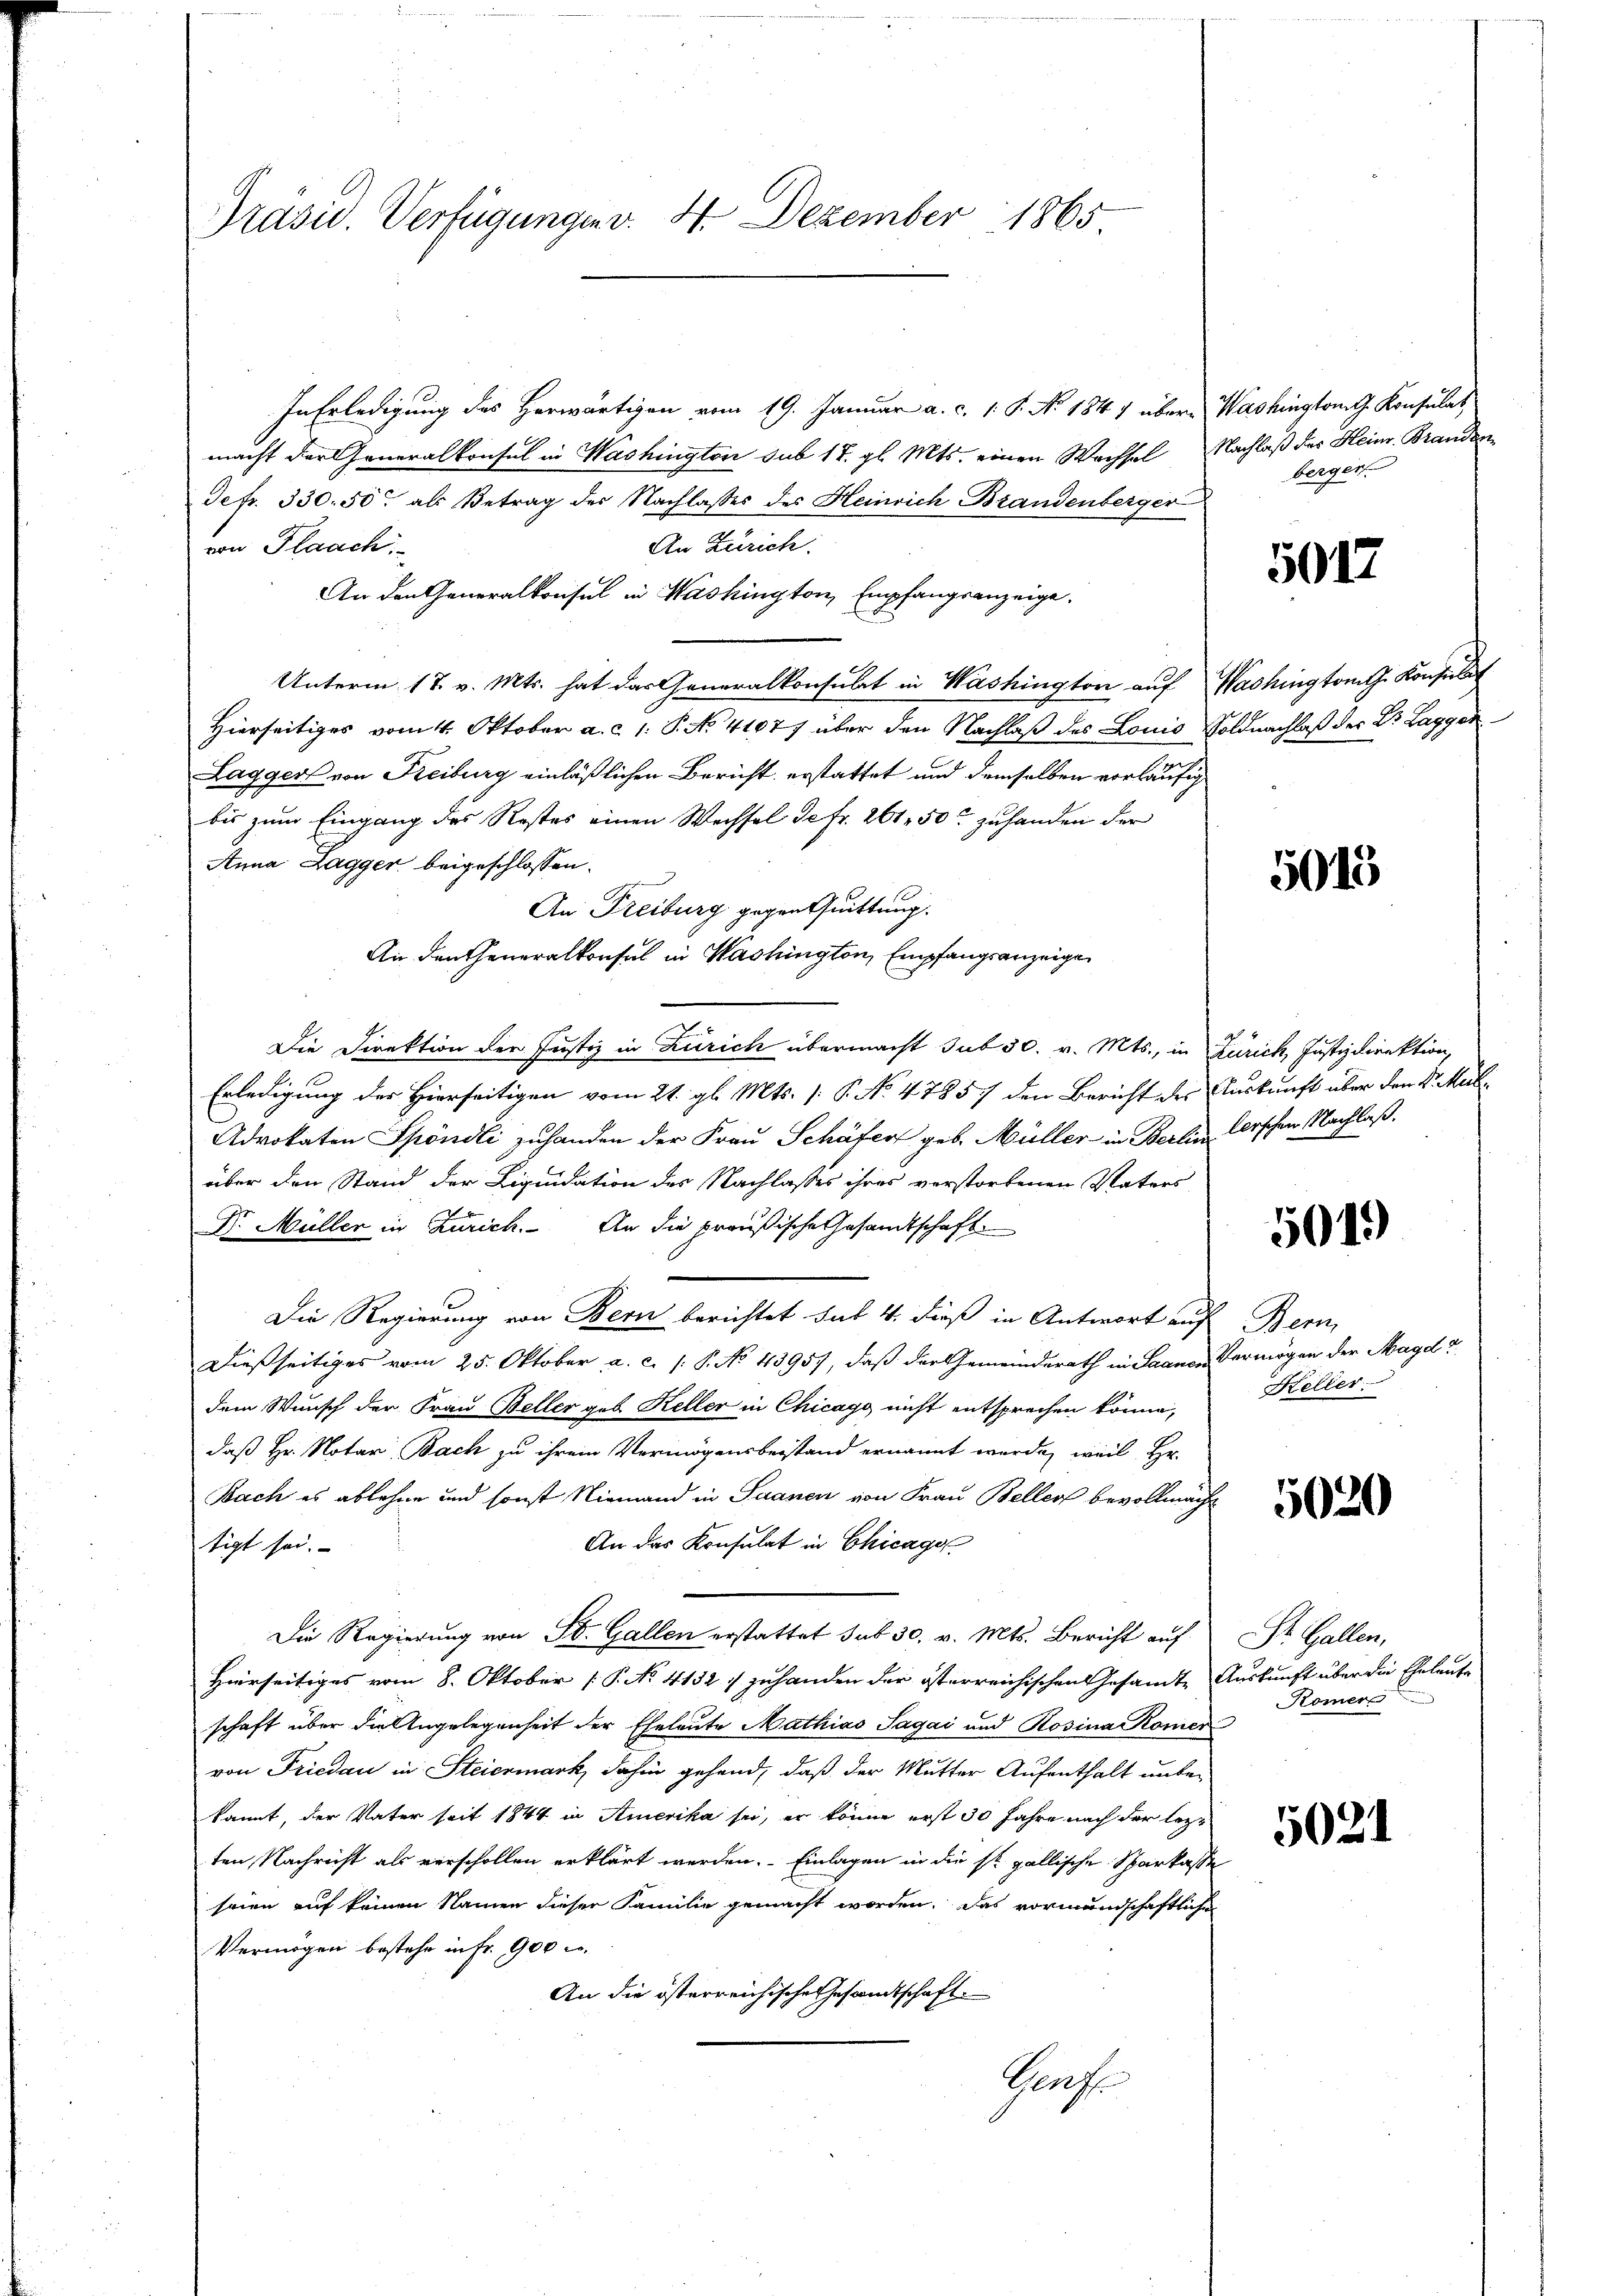
Präsid. Verfügungen v. 4. Dezember 1865

In Erledigung des Herwärtigen vom 19. Januar a. c. 1. P. No. 1847 über Washington G. Konsulat
macht der Generalkonsul in Washington sub 17. gl. Mts. einen Wachsel Nachlaß des Heinr. Branden
Defr. 330. 50. als Betrag der Nachlasses des Heinrich Brandenberger
An Zürich.
von Flaach
An den Generalkonsul in Washington, Empfangsanzeige,
Unterm 17. v. Mts. hat das Generalkonsulat in Washington auf Washington Konsulat
Hierseitiges vom 4. Oktober a. c. 1. P. No. 41077 über den Nachlaß des Louis Soldnachlaß der Dr. Lagger
Lagger von Freiburg einläßlichen Bericht erstattet und demselben vorläufig
bis zum Eingang des Restes einen Wechsel de Fr. 261. 50 zuhanden der
Anna Lagger beigeschlossen.
An Freiburg gegenthuittung.
An den Generalkonsul in Washington, Empfangsanzeige
Die Direktion der Justiz in Zürich übermacht sub 30. v. Mts., in Zürich, Justizdirektion,
Erledigung des Hierseitigen vom 21. gl. Mts. /: P. No 47857 den Bericht des Auskunft über den Dr. Rub¬
Advokaten Spöndli zuhanden der Frau Schäfer geb. Müller in Berlin lorschen Nachlaß,
über den Stand der Liquidation des Nachlasses ihres verstorbenen Vaters
Dr. Müller in Zürich. An die preußische Gesandtschaft
Die Regierung von Bern berichtet sub 4. dieß in Antwort auf Bern
Dießseitiges vom 25. Oktober a. c. (: P. No 43957, daß der Gemeinderath in Saanen Vermögen der Magda
dem Wunsch der Frau Beller geb. Keller in Chicago nicht entsprechen könne,
daß Hr. Notar Bach zu ihrem Vermögensbestand ernannt werde, weil Hr.
Bach es ablehne und sonst Niemand in Saanen von Frau Beller bevollmächt
An das Konsulat in Chicago
tigt sei.
Die Regierung von St. Gallen erstattet sub 30. v. Mts. Bericht auf
Hierseitiges vom 8. Oktober [P. No 4152 / zuhanden der österreichischen Gesandte Auskunft über die Eheleute
schaft über die Angelegenheit der Eheleute Mathias Sagai und Rosina Römer
von Friedau in Steiermark, dahin gehend, daß der Mutter Aufenthalt unter
kannt, der Vater seit 1844 in Amerika sei, er könne erst 30 Jahre nach der lezt
ten Nachricht als verschollen erklärt werden. Einlagen in die sr. gallische Sparkasse
seien auf keinen Namen dieser Familie gemacht worden. Das vormundschaftlichen
Vermögen bestehe in Fr. 900 l.
An die österreichische Gesandtschaft.
Genf.

berger.

5017

5015

5019

Heller.

5020

St. Gallen,
Römers

5021